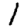
Digit: 1